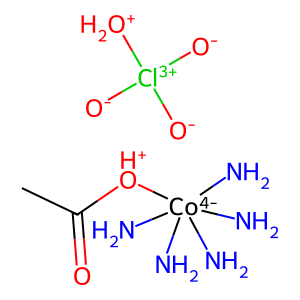
SMILES: CC(=O)[OH+][Co-4](N)(N)(N)(N)N.[O-][Cl+3]([O-])([O-])[OH2+]
Inhibits HIV replication: No